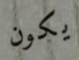
يكون